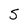
Character: 5